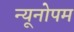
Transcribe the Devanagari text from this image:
न्यूनोपम